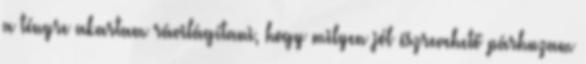
a tényre akartam rávilágítani, hogy milyen jól észrevehető párhuzam